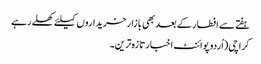
ہفتے سے افطار کے بعد بھی بازار خریداروں کیلئے کھلے رہے
کراچی(اُردو پوائنٹ اخبارتازہ ترین۔